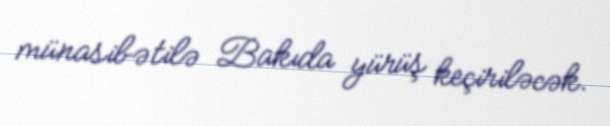
münasibətilə Bakıda yürüş keçiriləcək.